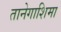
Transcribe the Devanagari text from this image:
तानेगाशिमा